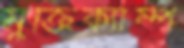
মুক্তিক্যাম্প